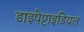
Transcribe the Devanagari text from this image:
डाइपेप्टाइडियल